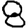
Digit: 8